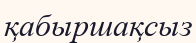
қабыршақсыз